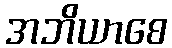
အဘိယာစေ